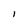
Character: I